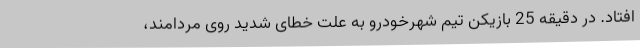
افتاد. در دقیقه 25 بازیکن تیم شهرخودرو به علت خطای شدید روی مردامند،